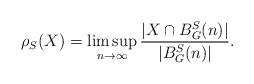
LaTeX: \begin{align*}\rho_S(X)=\limsup_{n\rightarrow \infty}\frac{|X\cap B_G^S(n)|}{|B_G^S(n)|}.\end{align*}